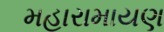
મહારામાયણ